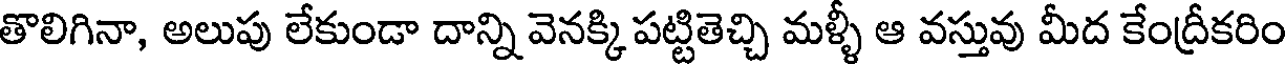
తొలిగినా, అలుపు లేకుండా దాన్ని వెనక్కి పట్టితెచ్చి మళ్ళీ ఆ వస్తువు మీద కేంద్రీకరిం